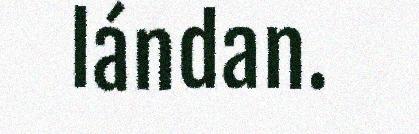
lándan.